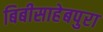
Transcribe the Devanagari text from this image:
बिबीसाहेबपुरा